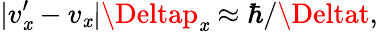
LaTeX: |v_{\mathit{x}}^{\prime}-v_{\mathit{x}}|\Deltap_{\mathit{x}}\approx\hbar/\Deltat,